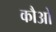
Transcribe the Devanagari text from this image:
कौओ